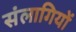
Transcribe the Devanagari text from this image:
संलागियों